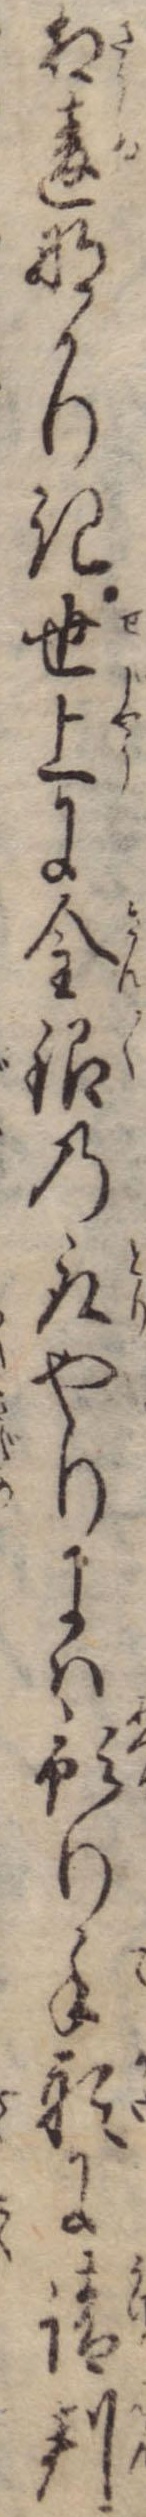
相違なかりき世上に金銀の取やりには預り手形に請判